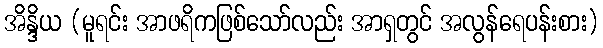
အိန္ဒိယ (မူရင်း အာဖရိကဖြစ်သော်လည်း အာရှတွင် အလွန်ရေပန်းစား)